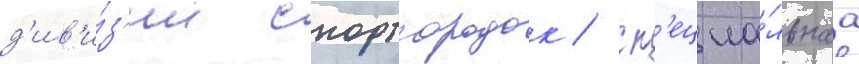
д'ив'и́з'ии спортгородок / сп'ециа́льнаа